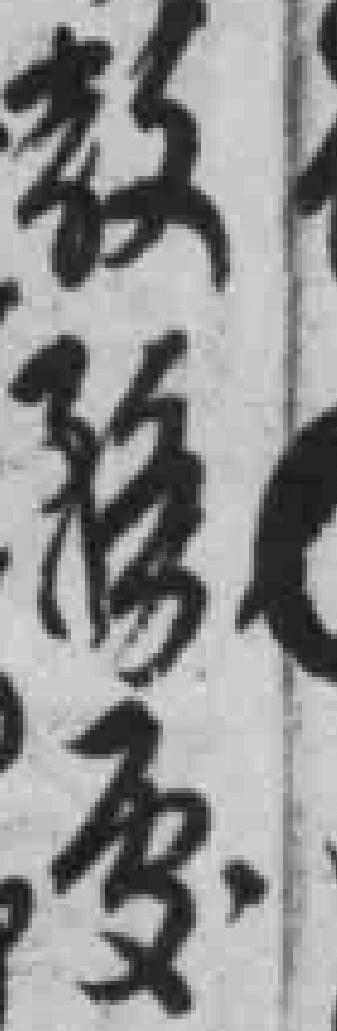
教務*